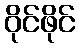
ဝိုင်ဖိုင်